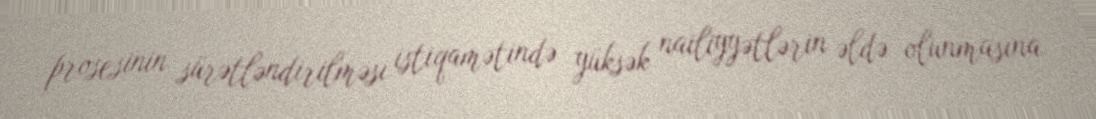
prosesinin sürətləndirilməsi istiqamətində yüksək nailiyyətlərin əldə olunmasına